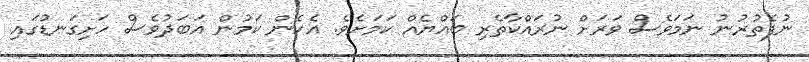
ނުފެތުރުނު ނަމަވެސް ވަރަށް ނުރައްކާތެރި ބައްޔެއް ކަމަށެވެ. އެހެން ކަމުން އަބަދުވެސް ހަށިގަނޑުގައި